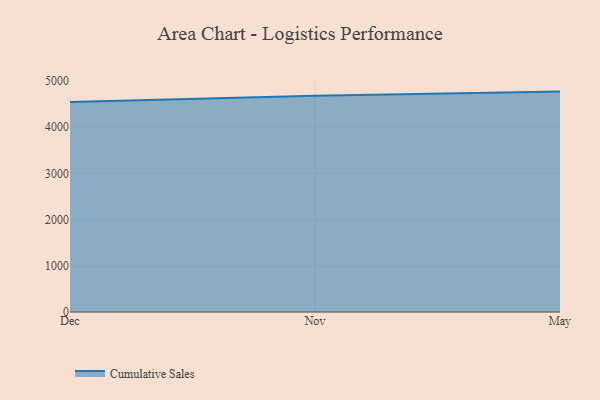
{"axis": {"x": "Month", "y": "Production Output"}, "legend": ["Cumulative Sales"], "data": [{"x": "Dec", "y": 4540.7, "type": "Cumulative Sales"}, {"x": "Nov", "y": 4678.1, "type": "Cumulative Sales"}, {"x": "May", "y": 4767.9, "type": "Cumulative Sales"}]}